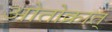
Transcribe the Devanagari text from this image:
ओतोक्रात्